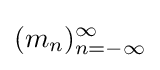
(m_{n})_{n=-\infty }^{\infty }